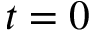
t = 0